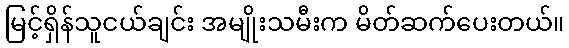
မြင့်ရှိန်သူငယ်ချင်း အမျိုးသမီးက မိတ်ဆက်ပေးတယ်။